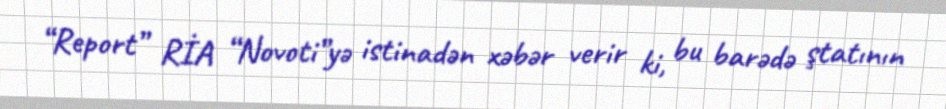
“Report” RİA “Novoti”yə istinadən xəbər verir ki, bu barədə ştatının